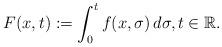
LaTeX: \begin{align*}F(x,t) := \int_{0}^{t}f(x,\sigma)\, d\sigma, t \in \mathbb{R}.\end{align*}